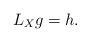
LaTeX: \begin{align*}L_X g =h. \end{align*}